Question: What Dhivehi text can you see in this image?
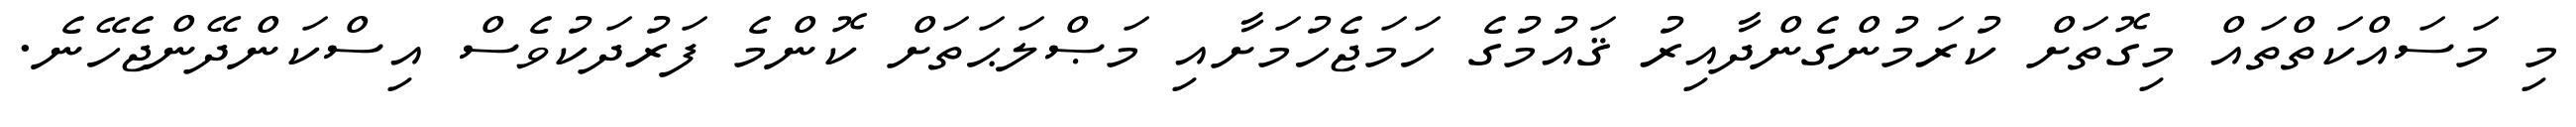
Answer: މި މަސައްކަތްތައް މިގޮތަށް ކުރަމުންގެންދާއިރު ޤައުމުގެ ހަމަޖެހުމަށާއި މަޞްލަޙަތަށް ކޮންމެ ފަރުދަކުވެސް އިސްކަންދޭންޖެހޭނެ.